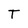
Character: T